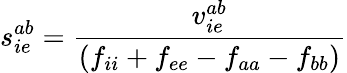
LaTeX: s_{ie}^{ab}=\frac{v_{ie}^{ab}}{(f_{ii}+f_{ee}-f_{aa}-f_{bb})}